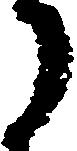
に